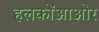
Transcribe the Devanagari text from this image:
हलकोंआओर